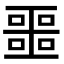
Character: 噩